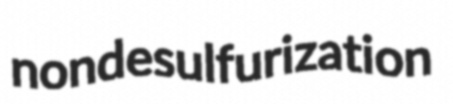
nondesulfurization